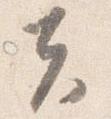
夫